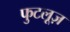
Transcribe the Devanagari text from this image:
फुटलूज़